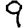
Digit: 9